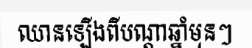
ឈានឡើងពីបណ្តាឆ្នាំមុនៗ